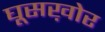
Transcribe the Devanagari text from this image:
घूसख़ोर